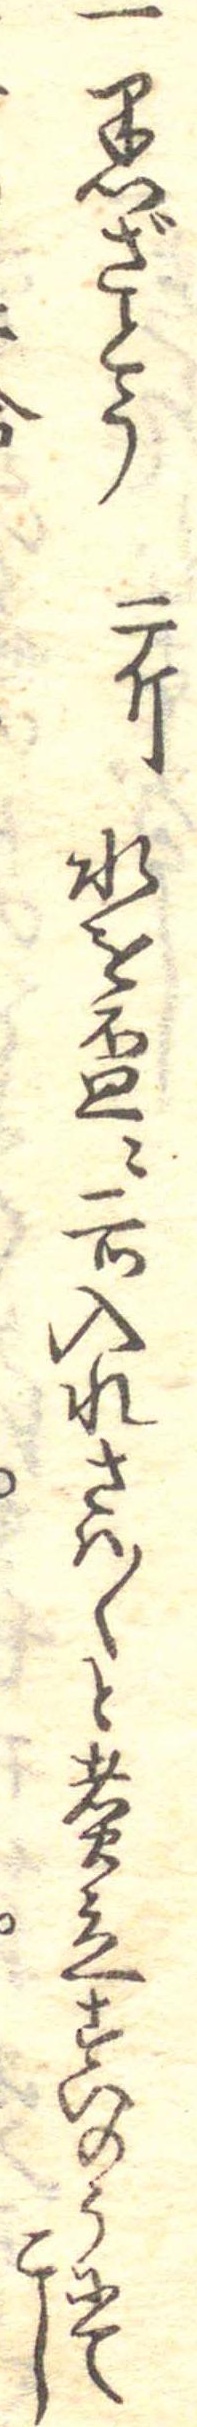
一黒ざとう二斤水を杯に二つ入れさは〱と煮立すいのうにてこし